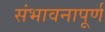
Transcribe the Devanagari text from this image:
संभावनापूर्ण